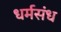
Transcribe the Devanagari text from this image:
धर्मसंध